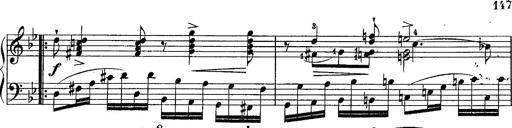
Title: Schubert's Impromptus [revised and edited by Franz Liszt]
Composer: Franz Liszt